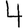
Digit: 4